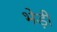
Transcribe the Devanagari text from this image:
भेड़ी